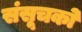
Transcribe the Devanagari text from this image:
संसूचको